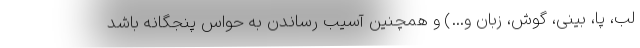
لب، پا، بینی، گوش، زبان و…) و همچنین آسیب رساندن به حواس پنجگانه باشد